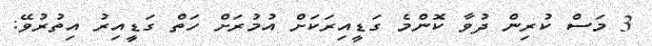
3 މަސް ކުރިން ދުވާ ކޮންމެ ގަޑީއިރަކަށް އުމުރަށް ހަތް ގަޑީއިރު އިތުރުވޭ: